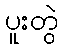
ပူးတွဲ